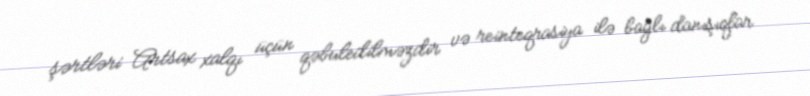
şərtləri Artsax xalqı üçün qəbuledilməzdir və reinteqrasiya ilə bağlı danışıqlar